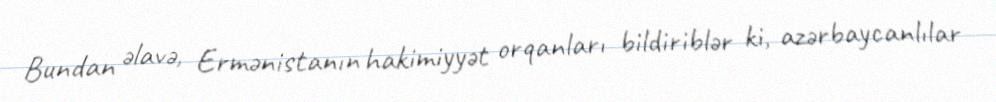
Bundan əlavə, Ermənistanın hakimiyyət orqanları bildiriblər ki, azərbaycanlılar